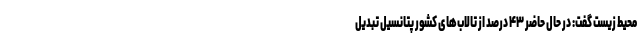
محیط زیست گفت: در حال حاضر ۴۳ درصد از تالاب‌های کشور پتانسیل تبدیل